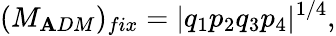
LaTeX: (M_{\mathbf{A}DM})_{fix}=|q_{1}p_{2}q_{3}p_{4}|^{1/4},